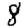
Digit: 8